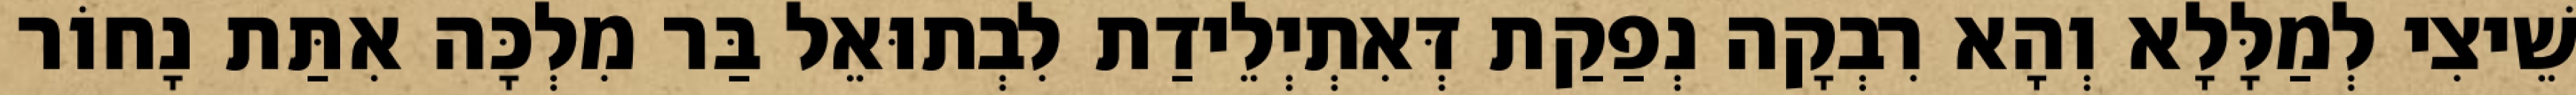
שֵׁיצִי לְמַלָּלָא וְהָא רִבְקָה נְפַקַת דְּאִתְיְלֵידַת לִבְתוּאֵל בַּר מִלְכָּה אִתַּת נָחוֹר